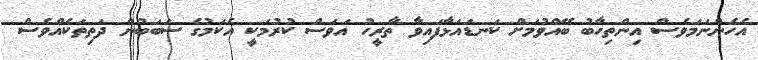
އެހެންނަމަވެސް އިންތިހާބު ބޭއްވުމަށް ކަނޑައަޅާފައިވާ ތާރީހު އަވަސް ކުރުމަކީ އެކަމުގެ ސަބަބުން ދަތިތަކެއްވެސް